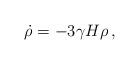
LaTeX: \begin{align*}\dot{\rho}=-3\gamma H\rho\,, \end{align*}